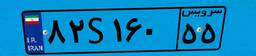
۸۲S۱۶۰۵۵